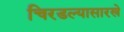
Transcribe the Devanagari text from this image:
चिरडल्यासारखे